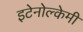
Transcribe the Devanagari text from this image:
इटेनोल्केमी